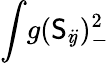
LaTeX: \int\! g(\mathsf{S}_{i\! j})_{-}^{2}